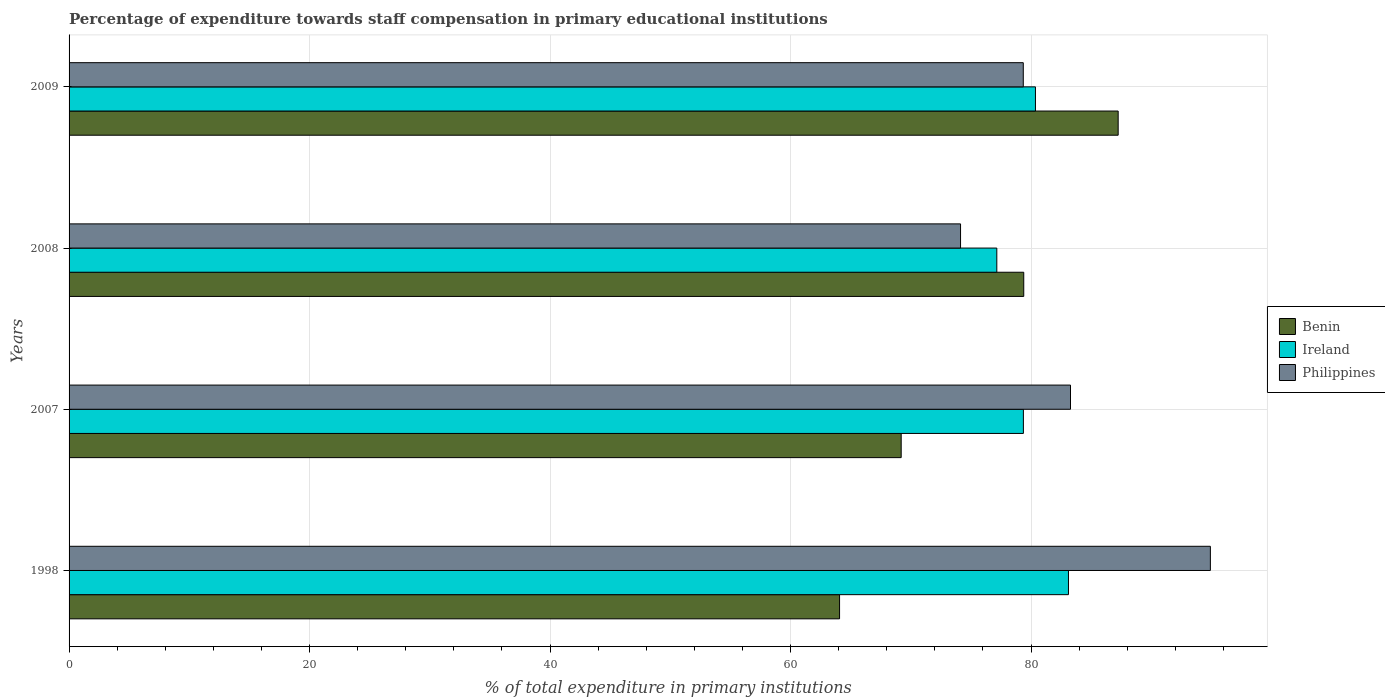
| Years | Benin | Ireland | Philippines |
 | --- | --- | --- | --- |
 | 1998 | 64.1 | 83.1 | 94.9 |
 | 2007 | 69.2 | 79.4 | 83.3 |
 | 2008 | 79.4 | 77.2 | 74.1 |
 | 2009 | 87.2 | 80.4 | 79.4 |